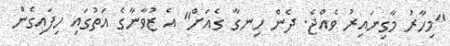
"މިހާރު މާގިނައިރު ވެއްޖެ. ދެން ހިނގާ ގެއަށް" އެ ޒުވާނާގެ އަތުގައި ހިފައިގެން